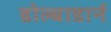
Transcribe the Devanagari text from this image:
डोल्बाडार्न